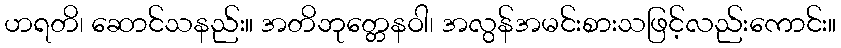
ဟရတိ၊ ဆောင်သနည်း။ အတိဘုတ္တေနဝါ၊ အလွန်အမင်းစားသဖြင့်လည်းကောင်း။